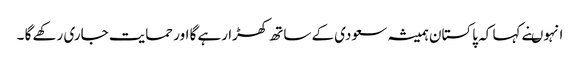
انہوںنے کہا کہ پاکستان ہمیشہ سعودی کے ساتھ کھڑا رہے گا اور حمایت جاری رکھے گا ۔